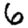
Digit: 6